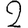
Digit: 2